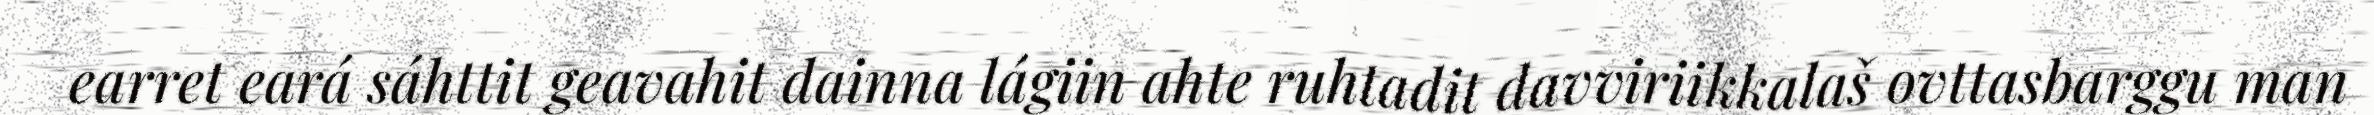
earret eará sáhttit geavahit dainna lágiin ahte ruhtadit davviriikkalaš ovttasbarggu man